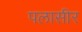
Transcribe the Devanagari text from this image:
पलासीर